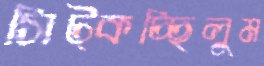
সিট্‌কচ্ছিলুম